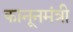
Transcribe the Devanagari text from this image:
कानूनमंत्री